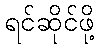
ရင်ဆိုင်ဖို့